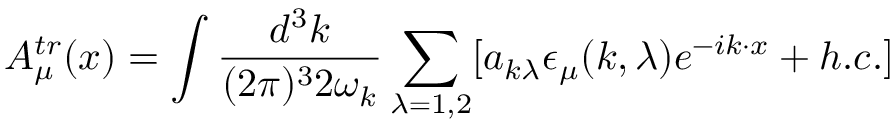
A _ { \mu } ^ { t r } ( x ) = \int { \frac { d ^ { 3 } k } { ( 2 \pi ) ^ { 3 } 2 \omega _ { k } } \sum _ { \lambda = 1 , 2 } [ a _ { k \lambda } \epsilon _ { \mu } ( k , \lambda ) e ^ { - i k \cdot x } + h . c . ] }